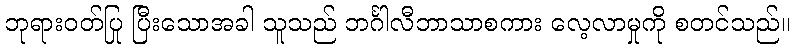
ဘုရားဝတ်ပြု ပြီးသောအခါ သူသည် ဘင်္ဂါလီဘာသာစကား လေ့လာမှုကို စတင်သည်။